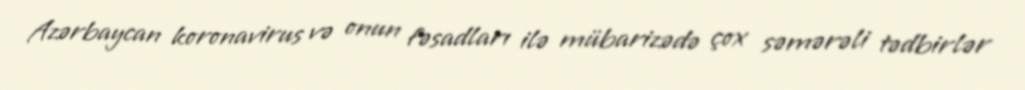
Azərbaycan koronavirus və onun fəsadları ilə mübarizədə çox səmərəli tədbirlər